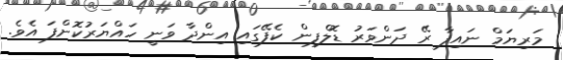
މަރިޔަމް ނައިފާ ރޭ ދަންވަރު ޑޮލްފިން ކެފޭގައި އިންދާ ވަނީ ހައްޔަރުކޮށްފަ އެވެ.